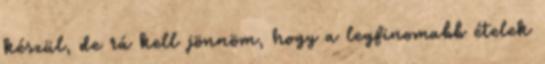
készül, de rá kell jönnöm, hogy a legfinomabb ételek